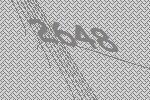
2648